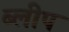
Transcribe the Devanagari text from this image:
ब्लीप